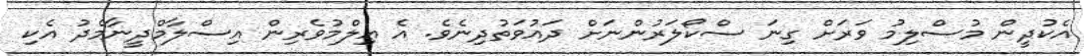
އެކުދީން މުސްލިމު ވަރަށް ގިނަ ސްކޯލަރުންނަށް ދައުވަތުދިނެވެ. އެ ޢިލްމުވެރިން އިސްލާމްދީނާމެދު އެކި